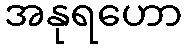
အနုရဟော